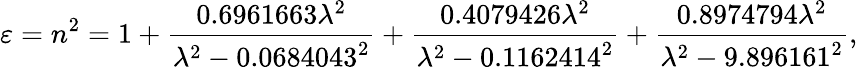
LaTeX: \varepsilon=n^{2}=1+{\frac{0.6961663\lambda^{2}}{\lambda^{2}-0.0684043^{2}}}+{\frac{0.4079426\lambda^{2}}{\lambda^{2}-0.1162414^{2}}}+{\frac{0.8974794\lambda^{2}}{\lambda^{2}-9.896161^{2}}},